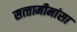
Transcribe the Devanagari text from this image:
सत्‍तामीमांसा